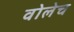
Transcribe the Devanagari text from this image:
वोलेच